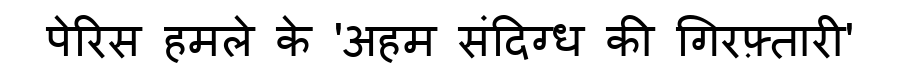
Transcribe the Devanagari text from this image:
पेरिस हमले के 'अहम संदिग्ध की गिरफ़्तारी'